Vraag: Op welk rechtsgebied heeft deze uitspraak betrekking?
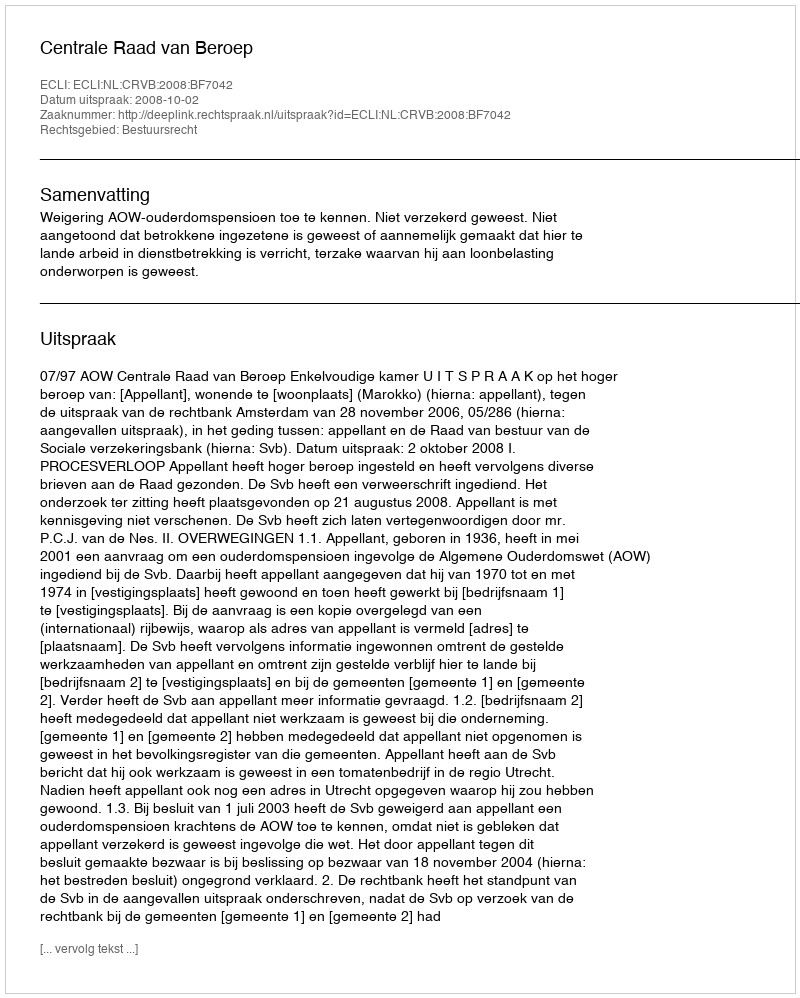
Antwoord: Bestuursrecht